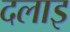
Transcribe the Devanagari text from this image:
दलाइ